Vaccination in Bombay 1902-1912 - 1902-1912
Year: 1902
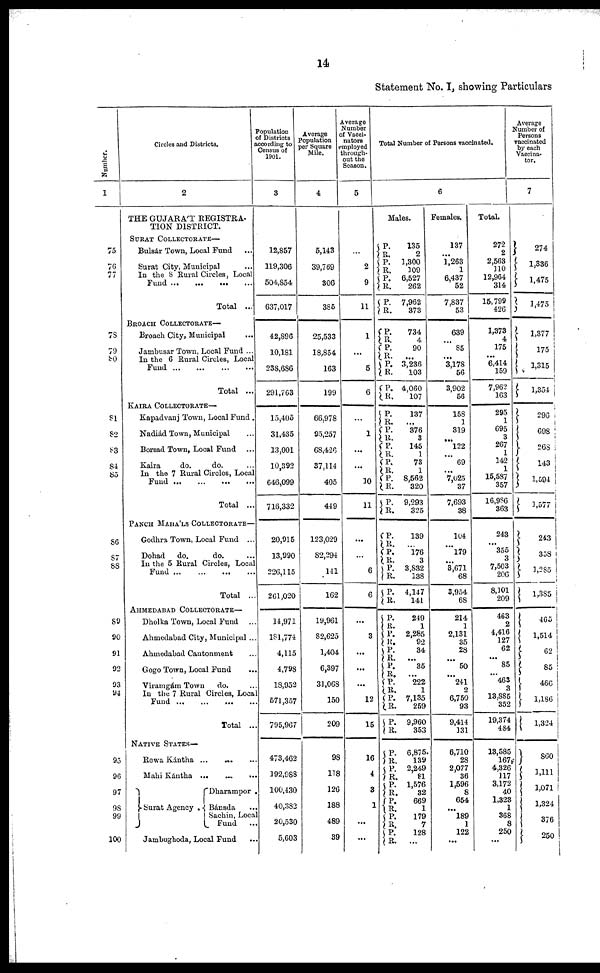
14
Statement No. I, showing Particulars
Number.
1
75
76
77
78
79
80
81
82
83
84
85
86
87
88
89
90
91
92
93
94
95
96
97
98
99
100
Circles and Districts.
2
THE GUJARÁT REGISTRA-
TION DISTRICT.
SURAT COLLECTORATE—
Bulsár Town, Local Fund ...
Surat City, Municipal ...
In the 8 Rural Circles, Local
Fund
...
...
...
...
Total ...
BROACH COLLECTORATE—
Broach City, Municipal
...
Jambusar Town, Local Fund ...
In the 6 Rural Circles, Local
Fund
...
...
...
...
Total ...
KAIRA COLLECTORATE—
Kapadvanj Town, Local Fund .
Nadiád Town, Municipal ...
Borsad Town, Local Fund ...
Kaira
do.
do.
...
In the 7 Rural Circles, Local
Fund ... ... ... ...
Total ...
PANCH MAHÁLS COLLECTORATE—
Godhra Town, Local Fund ...
Dohad
do.
do.
...
In the 5 Rural Circles, Local
Fund ...
...
...
...
Total ...
AHMEDABAD COLLECTORATE—
Dholka Town, Local Fund ...
Ahmedabad City, Municipal ...
Ahmedabad Cantonment ...
Gogo Town, Local Fund ...
Viramgám Town
do.
...
In the 7 Rural Circles Local
Fund ... ... ... ...
Total ...
NATIVE STATES—
Rewa Kántha ...
... ...
Mahi Kántha ... ... ...
Surat Agency .
Dharampor .
Bánsda ...
Sachin, Local
Fund
...
Jambughoda, Local Fund
...
Population
of Districts
according to
Census of
1901.
3
12,857
119,306
504,854
637,017
42,896
10,181
238,686
291,763
15,405
31,435
13,001
10,392
646,099
716,332
20,915
13,990
226,115
261,020
14,971
181,774
4,115
4,798
18,952
571,357
795,967
473,462
192,988
100,430
40,382
20,530
5,603
Average
Population
per Square
Mile.
4
5,143
39,769
306
385
25,533
18,854
163
199
66,978
95,257
68,426
37,114
405
449
123,029
82,294
141
162
19,961
82,625
1,404
6,397
31,068
150
209
98
118
126
188
489
39
Average
Number
of Vacci-
nators
employed
through-
out the
Season.
5
...
2
9
11
1
...
5
6
...
1
...
...
10
11
...
...
6
6
...
3
...
...
...
12
15
16
4
3
1
...
...
Total Number of Persons vaccinated.
6
Males.
P.
R.
P.
R.
P.
R.
P.
R.
P.
R.
P.
R.
P.
R.
P.
R.
P.
R.
P. R.
P.
R.
P.
R. P.
R.
P.
R.
P.
R.
P.
R.
P.
R.
P.
R.
P.
R.
P.
R.
P.
R.
P. R.
P.
R.
P.
R.
P.
R.
P.
R.
P.
R.
P. R.
P.
R.
P.
R.
P.
R.
135
2
1,300
109
6,527
262
7,962
373
734
4
90
...
3,236
103
4,060
107
137
...
376
3
145
1
73
1
8,562
320
9,293
325
139
...
176
3
3,832
138
4,147
141
249
1
2,285
92
34
...
35
...
222
1
7,135
259
9,960
353
6,875
139
2,249
81
1,576
32
669
1
179
7
128
...
Females.
137
...
1,263
1
6,437
52
7,837
53
639
...
85
...
3,178
56
3,902
56
158
1
319
...
122
...
69
...
7,025
37
7,693
38
104
...
179
...
3,671
68
3,954
68
214
1
2,131
35
28
...
50
...
241
2
6,750
93
9,414
131
6,710
28
2,077
36
1,596
8
654
...
189
1
122
...
Total.
272
2
2,563
110
12,964
314
15,799
426
1,373
4
175
...
6,414
159
7,962
163
295
1
695
3
267
1
142
1
15,587
357
16,986
363
243
... 355
3
7,503
206
8,101
209
463
2
4,416
127
62
...
85
...
463
3
13,885
352
19,374
484
13,585
167
4,326
117
3,172
40
1,323
1
368
8
250
...
Average
Number of
Persons
vaccinated
by each
Vaccina-
tor.
7
274
1,336
1,475
1,475
1,377
175
1,315
1,354
296
698
268
143
1,594
1,577
243
358
1,285
1,385
465
1,514
62
85
466
1,186
1,324
860
1,111
1,071
1,324
376
250